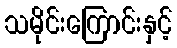
သမိုင်းကြောင်းနှင့်